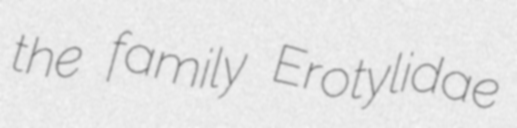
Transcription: the family Erotylidae